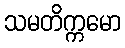
သမတိက္ကမော